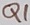
Text: Q1